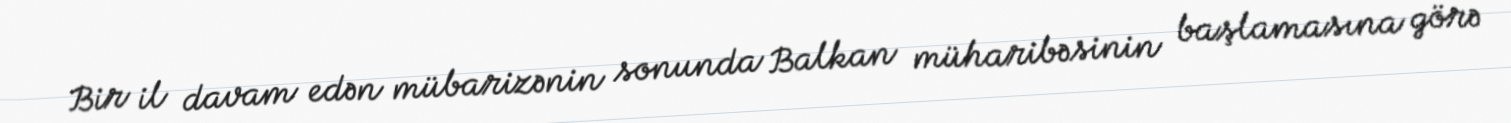
Bir il davam edən mübarizənin sonunda Balkan müharibəsinin başlamasına görə